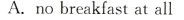
A.no breakfast at all